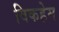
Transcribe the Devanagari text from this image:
विकहेम